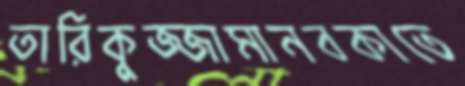
তারিকুজ্জামানবকাতে